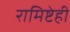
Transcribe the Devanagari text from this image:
रामिष्टेही